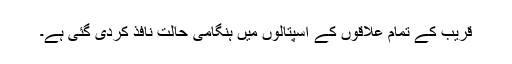
قریب کے تمام علاقوں کے اسپتالوں میں ہنگامی حالت نافذ کردی گئی ہے۔